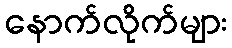
နောက်လိုက်များ